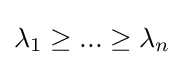
{\textstyle \lambda _{1}\geq ...\geq \lambda _{n}}